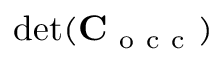
\operatorname* { d e t } ( \mathbf C _ { \mathrm { ~ o ~ c ~ c ~ } } )